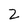
Character: Z